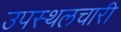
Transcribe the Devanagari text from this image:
उपस्थलचारी